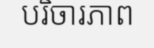
បរិចារភាព